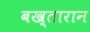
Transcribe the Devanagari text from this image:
बख़्तारान